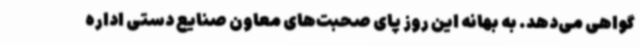
گواهی می‌دهد. به بهانه این روز پای صحبت‌های معاون صنایع دستی اداره